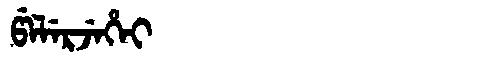
Manchu: ᡦᡝᠯᡝᡵᠵᡝᡥᡝᡳ
Romanization: PELERJEHEI